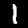
Label: 1